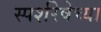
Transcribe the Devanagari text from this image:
स्पर्शरेषेच्या